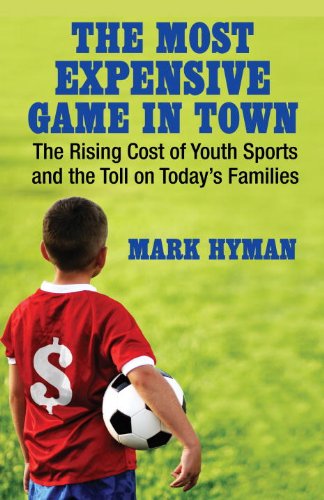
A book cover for The Most Expensive Game in Town: The Rising Cost of Youth Sports and the Toll on Today's Families; Mark Hyman; Parenting & Relationships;